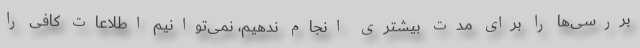
بررسی‌ها را برای مدت بیشتری انجام ندهیم، نمی‌توانیم اطلاعات کافی را